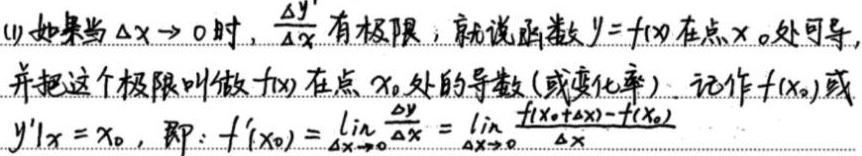
(1) 如果当 $\Delta x\rightarrow0$ 时，$\frac{\Delta y}{\Delta x}$ 有极限，就说函数 $y = f(x)$ 在点 $x_0$ 处可导，并把这个极限叫做 $f(x)$ 在点 $x_0$ 处的导数（或变化率）。记作 $f'(x_0)$ 或 $y'|_{x = x_0}$，即：
\[
f'(x_0)=\lim\limits_{\Delta x\rightarrow0}\frac{\Delta y}{\Delta x}=\lim\limits_{\Delta x\rightarrow0}\frac{f(x_0+\Delta x)-f(x_0)}{\Delta x}
\]